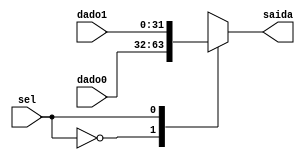
module mux32_2(
	input sel,
	input [31:0] dado0,
	input [31:0] dado1,
	output reg [31:0] saida
	);
	
	always @(*)
		case (sel)
			1'b0: saida = dado0;
			1'b1: saida = dado1;
			default: saida = 32'b0;
		endcase
			
endmodule